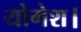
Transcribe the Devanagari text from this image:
योगेश।